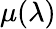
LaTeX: \mu(\lambda)